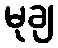
မုချ